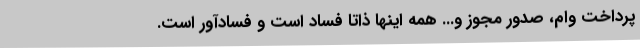
پرداخت وام، صدور مجوز و... همه اینها ذاتاً فساد است و فسادآور است.